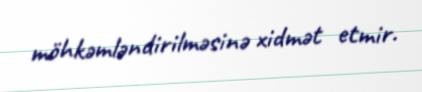
möhkəmləndirilməsinə xidmət etmir.